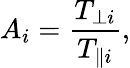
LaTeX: A_{i}=\frac{T_{\perp i}}{T_{\parallel i}},